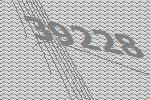
39228